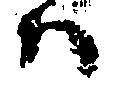
ハ